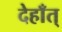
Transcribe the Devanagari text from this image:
देहाँत्